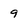
Character: 9